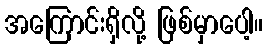
အကြောင်းရှိလို့ ဖြစ်မှာပေါ့။